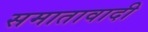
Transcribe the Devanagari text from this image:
समातावादी